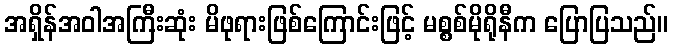
အရှိန်အဝါအကြီးဆုံး မိဖုရားဖြစ်ကြောင်းဖြင့် မစ္စစ်မိုရိုနီက ပြောပြသည်။